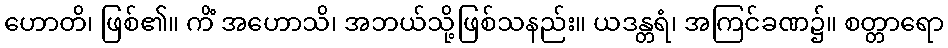
ဟောတိ၊ ဖြစ်၏။ ကိံ အဟောသိ၊ အဘယ်သို့ဖြစ်သနည်း။ ယဒန္တရံ၊ အကြင်ခဏ၌။ စတ္တာရော